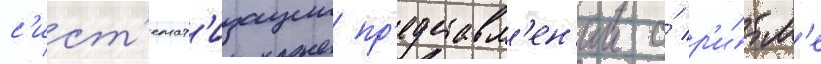
с'ист'емат'изации пр'едставл'ен'ии о́ р'и́тм'е